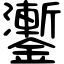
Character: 𨮜